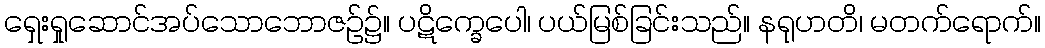
ရှေးရှုဆောင်အပ်သောဘောဇဉ်၌။ ပဋိက္ခေပေါ၊ ပယ်မြစ်ခြင်းသည်။ နရုဟတိ၊ မတက်ရောက်။